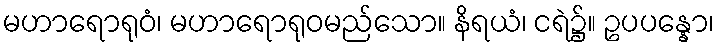
မဟာရောရုဝံ၊ မဟာရောရုဝမည်သော။ နိရယံ၊ ငရဲ၌။ ဥပပန္နော၊